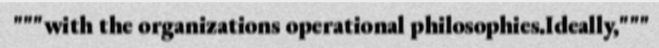
"""with the organizations operational philosophies.Ideally,"""